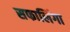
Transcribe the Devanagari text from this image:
सफालिंगा